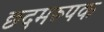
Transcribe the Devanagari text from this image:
छदमरूपक